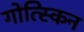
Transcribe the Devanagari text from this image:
गोत्स्किन